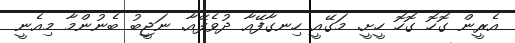
އެރީން ގޮހޮ ގޮހޮ ހީށީ. މަގޭއީ ހިނގާފޭއާ ދުވެފޭއާ. ނަޖީބު ބެނުންމާ މިއެނީ